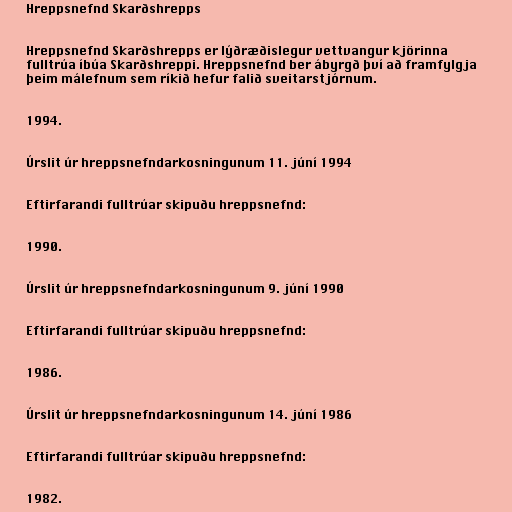
Hreppsnefnd Skarðshrepps

Hreppsnefnd Skarðshrepps er lýðræðislegur vettvangur kjörinna
fulltrúa íbúa Skarðshreppi. Hreppsnefnd ber ábyrgð því að framfylgja
þeim málefnum sem ríkið hefur falið sveitarstjórnum.

1994.

Úrslit úr hreppsnefndarkosningunum 11. júní 1994

Eftirfarandi fulltrúar skipuðu hreppsnefnd:

1990.

Úrslit úr hreppsnefndarkosningunum 9. júní 1990

Eftirfarandi fulltrúar skipuðu hreppsnefnd:

1986.

Úrslit úr hreppsnefndarkosningunum 14. júní 1986

Eftirfarandi fulltrúar skipuðu hreppsnefnd:

1982.